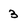
Character: 3